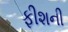
ફીશની